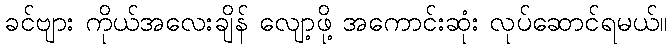
ခင်ဗျား ကိုယ်အလေးချိန် လျော့ဖို့ အကောင်းဆုံး လုပ်ဆောင်ရမယ်။